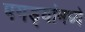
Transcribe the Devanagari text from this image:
पगड्यांमध्ये